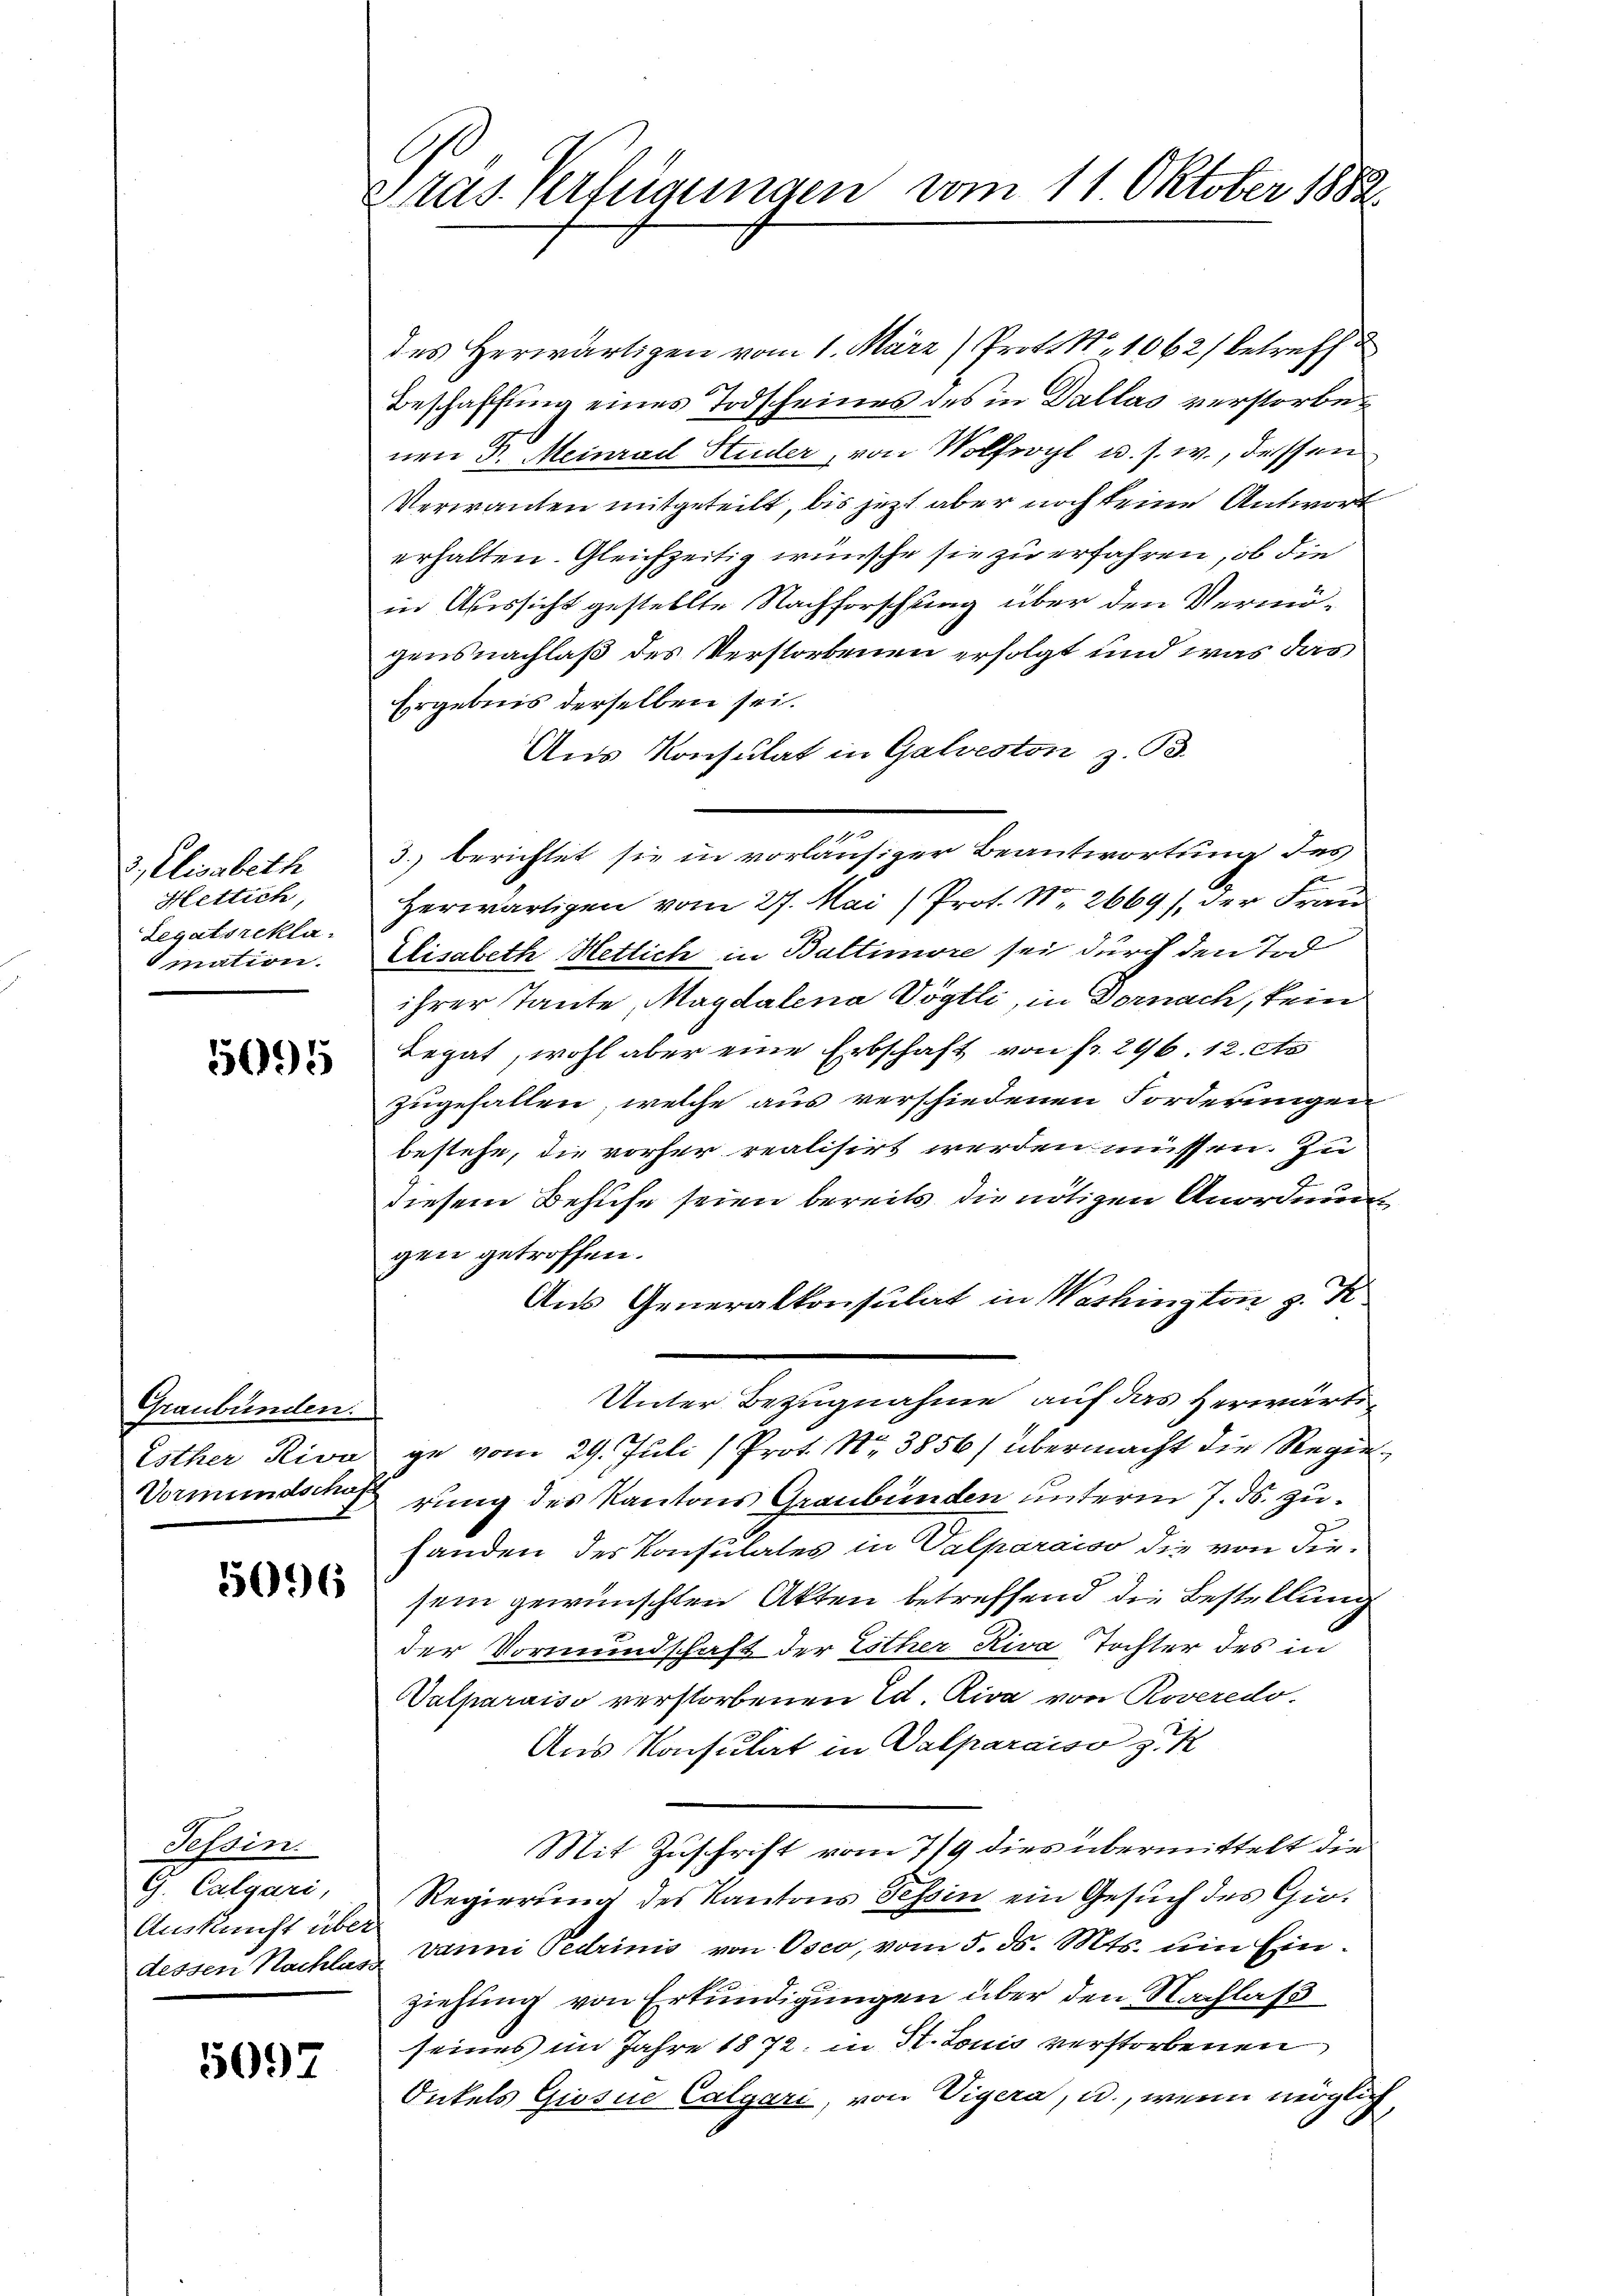
3., Elisabeth
Hettich,
Legatsreklamation.

5095

Graubünden.
Esther Riva
Vormundschaf

5096

Tessin.
G. Calgari,
Auskunft über
dessen Nachlas

5097

Pras Verfügungen vom 11 Oktober 1882

des Herwärtigen vom 1. März) Prof. S. 1062 betreffe
Beschaffung eines Todscheines des in Dallas verstorbenen Dr. Meinrad Studer, von Wolfel u. s. w., dessen
Verwanden mitgeteilt, bis jetzt aber noch keine Antwort
erhalten. Gleichzeitig wünsche sie zu erfahren, ob die
in Aussicht gestellte Nachforschung über den Vermögensnachlaß des Verstorbenen erfolgt und was das
Ergebnis derselben sei.
Aus Konsulat in Galveston z. B.
Ammann
3. berichtet sie in vorläufiger Beantwortung des
Herwärtigen vom 27. Mai (Prot. No. 2669), der Frau
Elisabeth Hetlich in Baltimore sei durch den Tod
ihrer Tante, Magdalena Vögtli, in Dornach, kein
Legat, wohl aber eine Erbschaft von fr. 296. 12. Ap
zugefallen, welche aus verschiedenen Forderungen
bestehe, die vorher realisirt werden müssen. Zu
diesem Behufe seien bereits die nötigen Anordnung
gen getroffen.
Aus Generalkonsulat in Washington z. K
Unter Bezugnahme auf das herwärtige vom 29. Juli (Prot. Nr. 3856) übermacht die Regierung des Kantons Graubünden unterm 7. ds. zuhanden des Konsulates in Valparaiso die von diesein gewünschten Akten betreffend die Bestellung
der Vormundschaft der Lither Riva, Tochter des in
Walparaiso verstorbenen Ed. Riva von Roveredo.
Aus Konsulat in Valparaiso z. K
Mit Zuschrift vom 7/9 dies übermittelt die
Regierung des Kantons Tessin ein Gesuch des Gudaum bedrinis von Osco, vom 5. d. Mts. um Einziehung von Erkundigungen über den Nachlaß
seines im Jahre 1872, in H. Louis verstorbenen
Onkels Giosne Calgari, von Vigera, u., wenn möglich